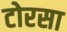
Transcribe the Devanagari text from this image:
टोरसा